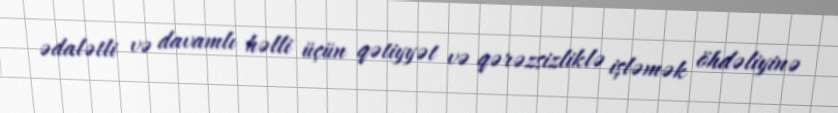
ədalətli və davamlı həlli üçün qətiyyət və qərəzsizliklə işləmək öhdəliyinə